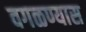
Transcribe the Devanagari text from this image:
वगळण्यास